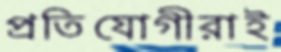
প্রতিযোগীরাই